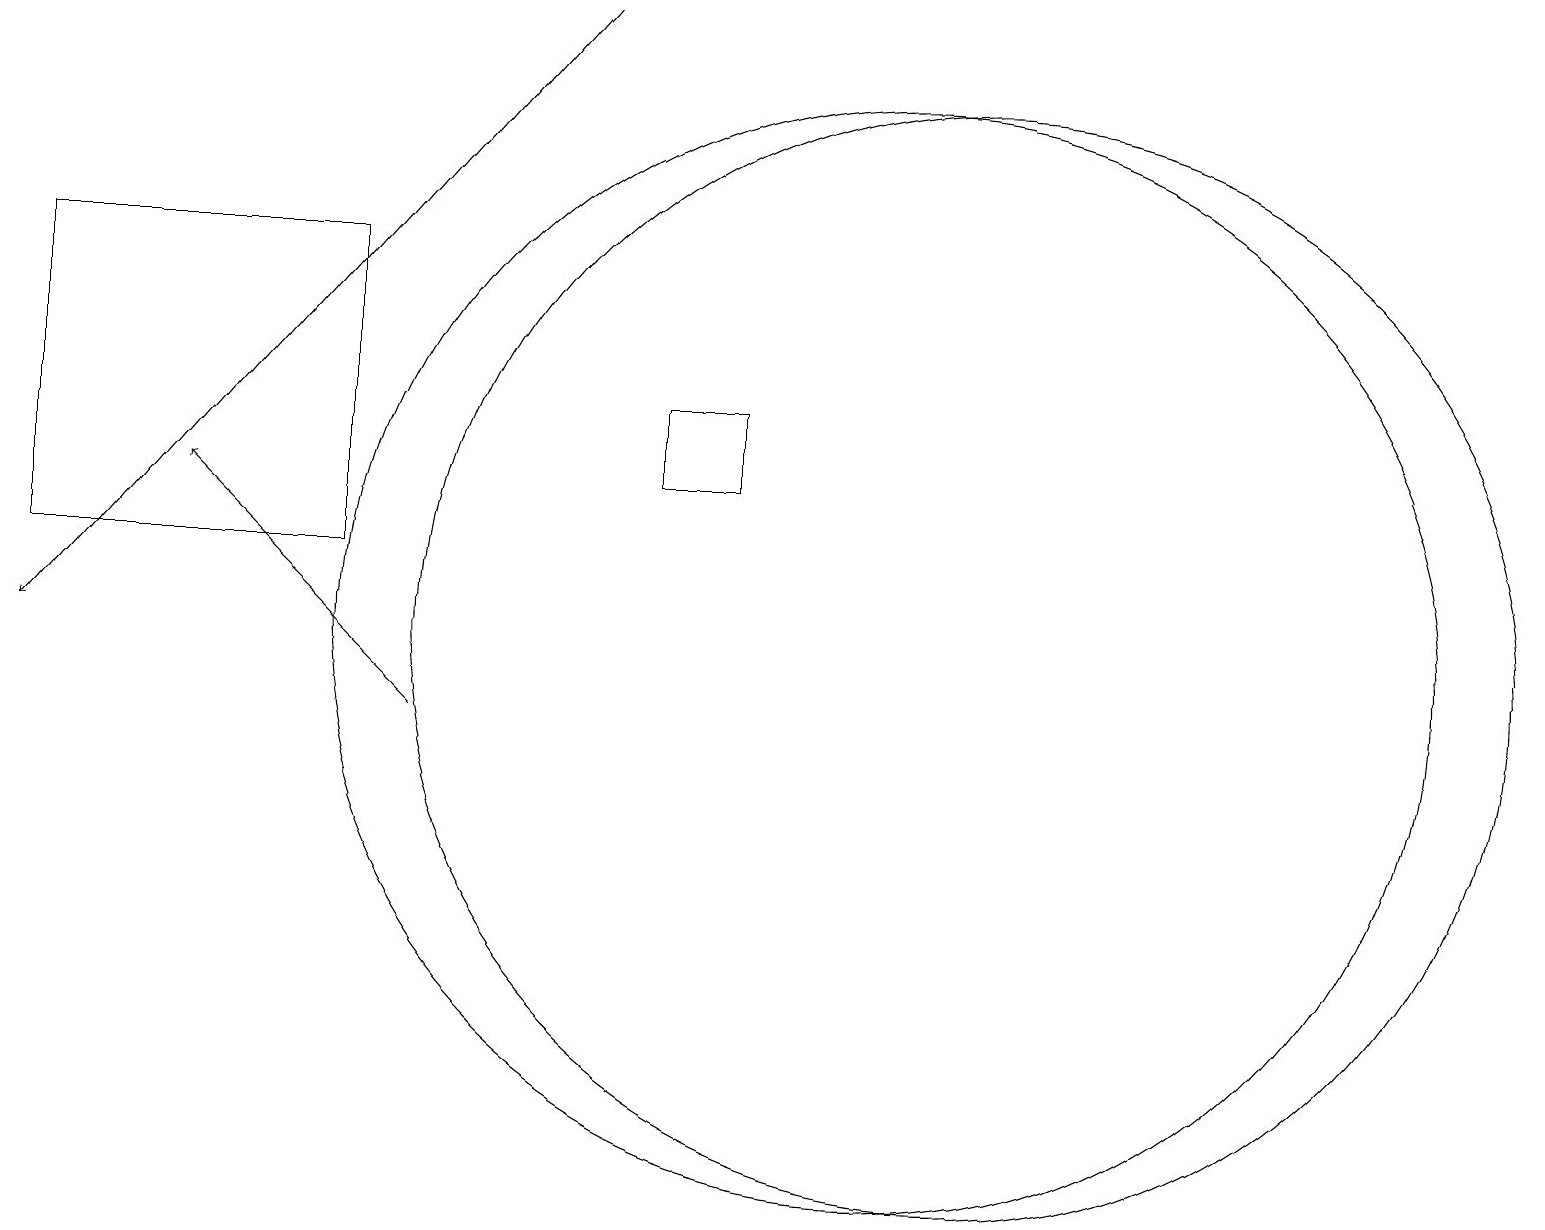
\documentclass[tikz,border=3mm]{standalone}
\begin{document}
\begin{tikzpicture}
\draw[->] (7,19) -- (0,11);
\draw (12,11) circle (7);
\draw[->] (5,10) -- (2,13);
\draw (4,12) rectangle (0,16);
\draw (9,14) rectangle (8,13);
\draw (11,11) circle (7);
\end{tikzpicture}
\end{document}